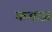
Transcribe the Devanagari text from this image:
कगाज